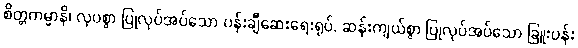
စိတ္တကမ္မာနိ၊ လှပစွာ ပြုလုပ်အပ်သော ပန်းချီဆေးရေးရုပ်, ဆန်းကျယ်စွာ ပြုလုပ်အပ်သော ခြူးပန်း